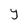
Character: y